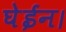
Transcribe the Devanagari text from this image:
घेईन।